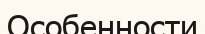
Особенности